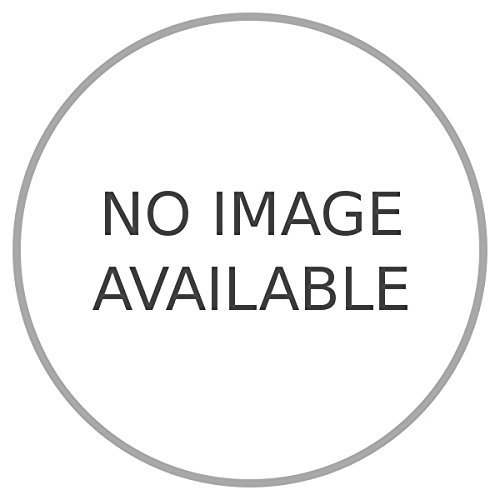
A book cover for Il Nyasaland e un italiano d'eccezione.; PELLEGRINI Lino -; Travel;